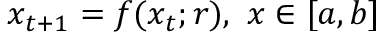
x _ { t + 1 } = f ( x _ { t } ; r ) , \ x \in [ a , b ]